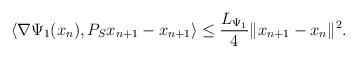
LaTeX: \begin{align*}\langle \nabla\Psi_1(x_n),P_Sx_{n+1}-x_{n+1}\rangle\leq \frac{L_{\Psi_1}}{4}\|x_{n+1}-x_n\|^2.\end{align*}